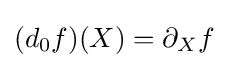
(d_{0}f)(X)=\partial _{X}f